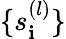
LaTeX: \{ s_{\mathbf{i}}^{(l)}\}